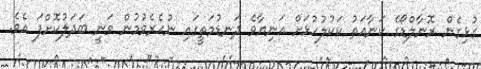
ގުޅިގެން ރޮނާލްޑޯގެ ކަނާއަތު ކަކުލުހުޅަށް އަނިޔާވެ ދަނޑުމަތީގައި ނުހެރެވުމުން ވަނީ ބަދަލުކޮށްފަ އެވެ.